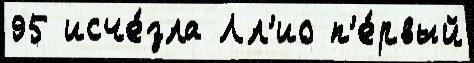
95 исче́зла Лл'ио п'е́рвый